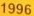
1996